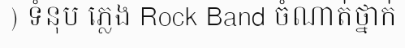
) ទំនុប ភ្លេង Rock Band ចំណាត់ថ្នាក់